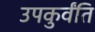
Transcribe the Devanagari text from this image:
उपकुर्वंति